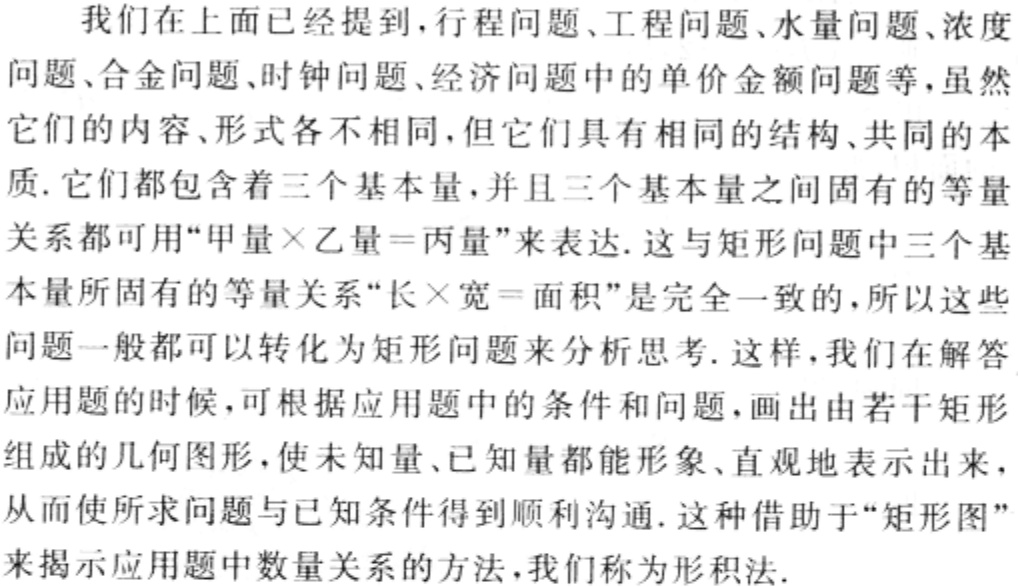
我们在上面已经提到，行程问题、工程问题、水量问题、浓度问题、合金问题、时钟问题、经济问题中的单价金额问题等，虽然它们的内容、形式各不相同，但它们具有相同的结构、共同的本质. 它们都包含着三个基本量，并且三个基本量之间固有的等量关系都可用“甲量$\times$乙量 = 丙量”来表达. 这与矩形问题中三个基本量所固有的等量关系“长$\times$宽 = 面积”是完全一致的，所以这些问题一般都可以转化为矩形问题来分析思考. 这样，我们在解答应用题的时候，可根据应用题中的条件和问题，画出由若干矩形组成的几何图形，使未知量、已知量都能形象、直观地表示出来，从而使所求问题与已知条件得到顺利沟通. 这种借助于“矩形图”来揭示应用题中数量关系的方法，我们称为形积法.